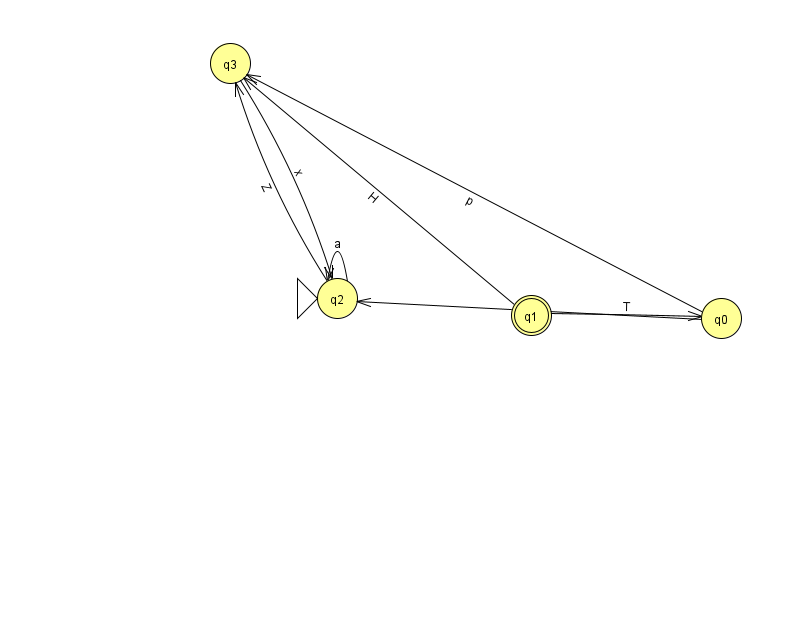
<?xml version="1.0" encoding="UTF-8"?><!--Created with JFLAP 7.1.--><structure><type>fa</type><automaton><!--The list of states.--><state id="0" name="q0"><x>721.0</x><y>305.0</y></state><state id="1" name="q1"><x>531.0</x><y>302.0</y><final/></state><state id="2" name="q2"><x>337.0</x><y>285.0</y><initial/></state><state id="3" name="q3"><x>230.0</x><y>50.0</y></state><!--The list of transitions.--><transition><from>2</from><to>2</to><read>a</read></transition><transition><from>0</from><to>2</to><read>F</read></transition><transition><from>1</from><to>0</to><read>T</read></transition><transition><from>3</from><to>2</to><read>x</read></transition><transition><from>1</from><to>3</to><read>H</read></transition><transition><from>2</from><to>3</to><read>Z</read></transition><transition><from>0</from><to>3</to><read>p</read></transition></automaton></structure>